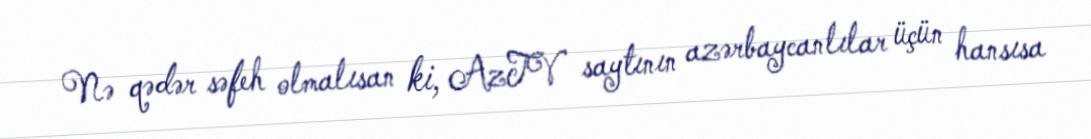
Nə qədər səfeh olmalısan ki, AzTV saytının azərbaycanlılar üçün hansısa